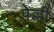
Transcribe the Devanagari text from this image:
पेल्ली